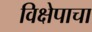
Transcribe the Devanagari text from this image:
विक्षेपाचा